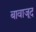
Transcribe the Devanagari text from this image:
बावाजूद